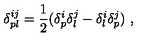
\delta _ { p l } ^ { i j } = { \frac { 1 } { 2 } } ( \delta _ { p } ^ { i } \delta _ { l } ^ { j } - \delta _ { l } ^ { i } \delta _ { p } ^ { j } ) \ ,